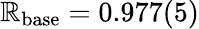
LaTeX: \mathbb{R}_{\mathrm{{base}}}=0.977(5)